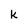
Character: k